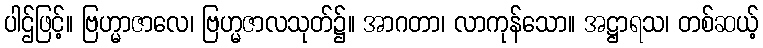
ပါဌ်ဖြင့်။ ဗြဟ္မာဇာလေ၊ ဗြဟ္မဇာလသုတ်၌။ အာဂတာ၊ လာကုန်သော။ အဋ္ဌာရသ၊ တစ်ဆယ့်